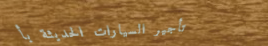
تأجير السيارات الحديثة بأ